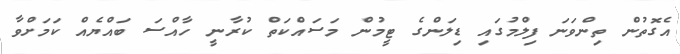
އެގޮތުން ތިންވަނަ ފިލްމުގައި ޑިލަންގެ ޓީމުން މަސައްކަތް ކުރާނީ ހާއްސަ ބައްޔެއް ކަމަށްވާ